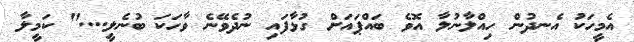
އެމީހަކު އެނދުން ހިއްލާނުލާ އޮވެ ބައްޕައަށް ގުޅާފައި ނުދެވޭނެ ވާހަކަ ބުނެލީ...." ކަމީލާ